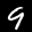
Label: 9